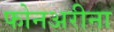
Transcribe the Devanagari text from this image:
फोनअरीना